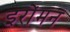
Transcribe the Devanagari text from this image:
इरोंमन